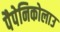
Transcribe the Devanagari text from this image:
पैपेनिकोलाउ